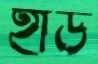
হীড